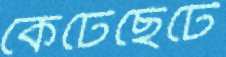
কেটেছেঁটে